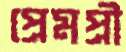
প্রেমপ্রী